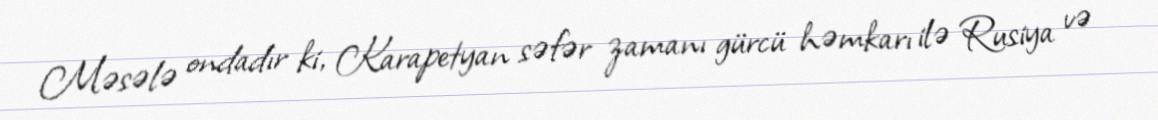
Məsələ ondadır ki, Karapetyan səfər zamanı gürcü həmkarı ilə Rusiya və